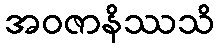
အဝဇာနိဿသိ